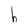
Character: h